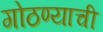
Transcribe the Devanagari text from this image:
गोठण्याची